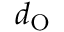
d _ { \mathrm { O } }